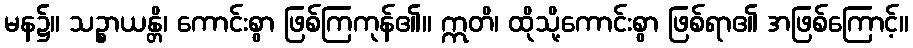
မန၌။ သဉ္စာယန္တိ၊ ကောင်းစွာ ဖြစ်ကြကုန်၏။ ဣတိ၊ ထိုသို့ကောင်းစွာ ဖြစ်ရာ၏ အဖြစ်ကြောင့်။